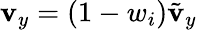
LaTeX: \mathbf{v}_{y}=(1-w_{i})\tilde{{\mathbf{v}}}_{y}